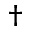
\dagger